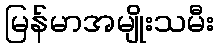
မြန်မာအမျိုးသမီး